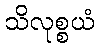
သိလုစ္စယံ